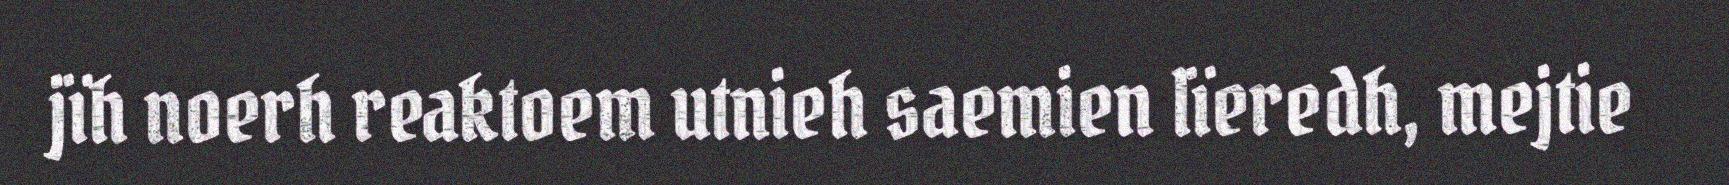
jïh noerh reaktoem utnieh saemien lïeredh, mejtie